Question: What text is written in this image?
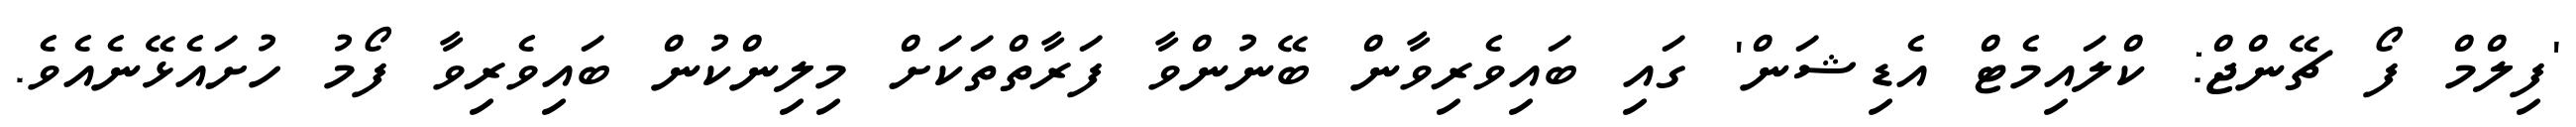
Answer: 'ފިލްމް ފޯ ޗޭންޖް: ކްލައިމެޓް އެޑިޝަން' ގައި ބައިވެރިވާން ބޭނުންވާ ފަރާތްތަކަށް މިލިންކުން ބައިވެރިވާ ފޯމު ހުށައެޅޭނެއެވެ.